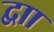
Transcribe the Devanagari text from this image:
द्वाा